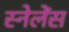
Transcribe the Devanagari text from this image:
स्नेलेंस